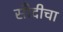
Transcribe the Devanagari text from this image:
सौदीचा